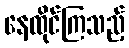
နေထိုင်ကြသည့်